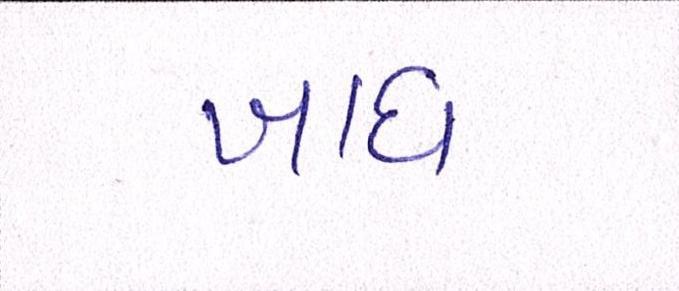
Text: ખાધ